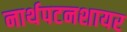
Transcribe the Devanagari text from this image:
नार्थपटनशायर